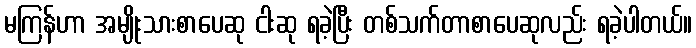
မကြန်ဟာ အမျိုးသားစာပေဆု ငါးဆု ရခဲ့ပြီး တစ်သက်တာစာပေဆုလည်း ရခဲ့ပါတယ်။